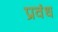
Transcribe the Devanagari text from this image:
प्रवंध